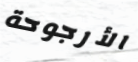
الأرجوحة